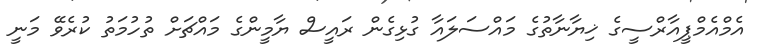
އެމްއެމްޕީއާރްސީގެ ޚިޔާނާތުގެ މައްސަލައާ ގުޅިގެން ރައީސް ޔާމީންގެ މައްޗަށް ތުހުމަތު ކުރެވޭ މަނީ